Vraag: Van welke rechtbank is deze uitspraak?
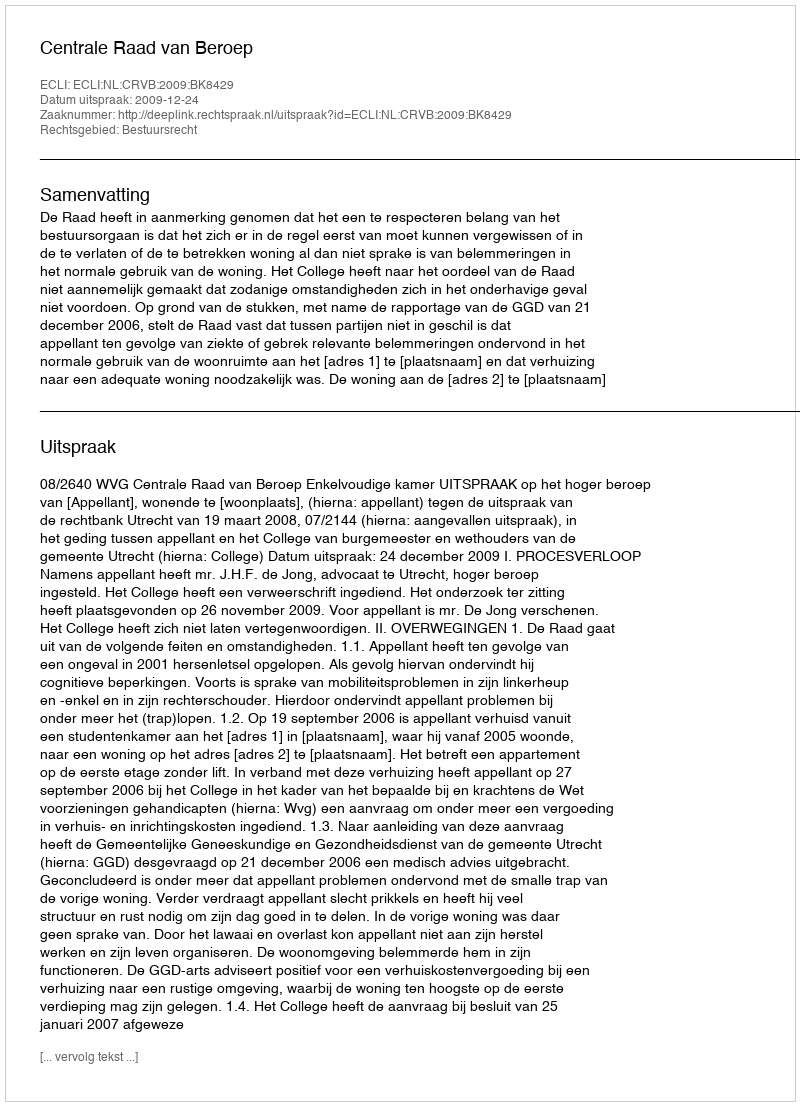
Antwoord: Centrale Raad van Beroep